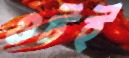
গুটই